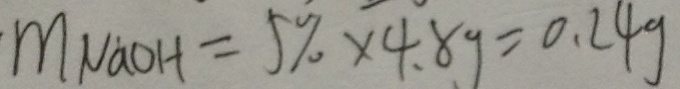
m _ { N a O H } = 5 \% \times 4 . 8 g = 0 . 2 4 g